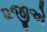
૨જીએ